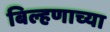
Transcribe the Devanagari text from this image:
बिल्हणाच्या